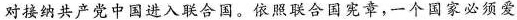
对接纳共产党中国进入联合国。依照联合国宪章，一个国家必须爱